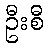
ဦးစီ